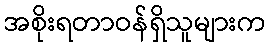
အစိုးရတာဝန်ရှိသူများက